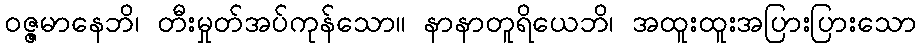
ဝဇ္ဇမာနေဘိ၊ တီးမှုတ်အပ်ကုန်သော။ နာနာတူရိယေဘိ၊ အထူးထူးအပြားပြားသော